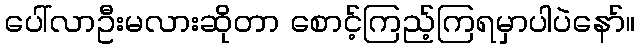
ပေါ်လာဦးမလားဆိုတာ စောင့်ကြည့်ကြရမှာပါပဲနော်။